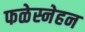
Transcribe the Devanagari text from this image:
फळेस्नेहन